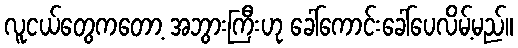
လူငယ်တွေကတော့ အဘွားကြီးဟု ခေါ်ကောင်းခေါ်ပေလိမ့်မည်။